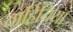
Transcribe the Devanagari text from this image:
ताहिनिया